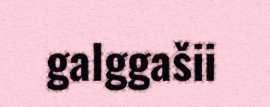
galggašii